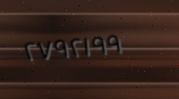
٢٧٩٢١٩٩